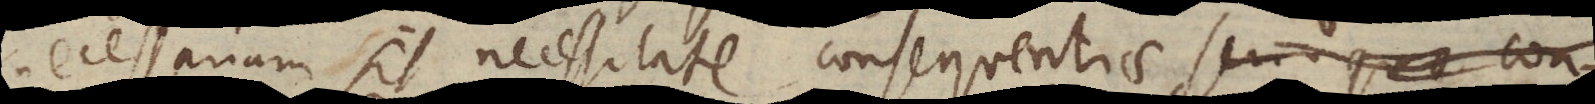
necessarium sit necessitate consequentiae, non con